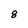
Character: 8